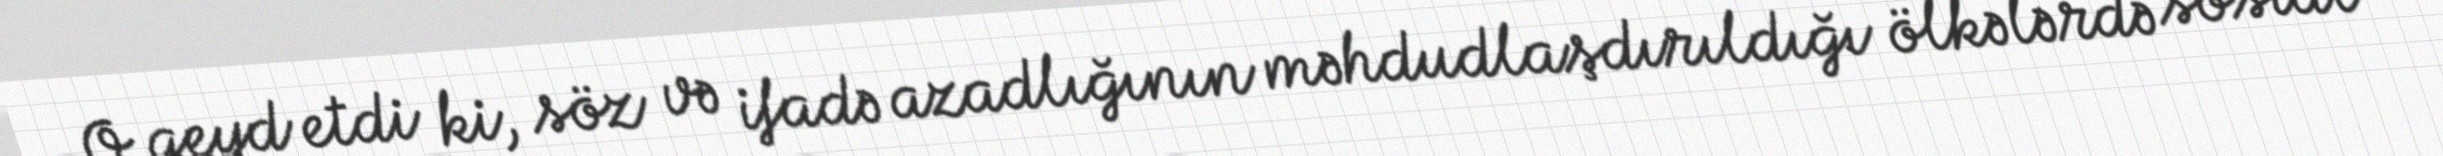
O qeyd etdi ki, söz və ifadə azadlığının məhdudlaşdırıldığı ölkələrdə sosial